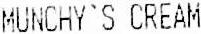
MUNCHY`S CREAM